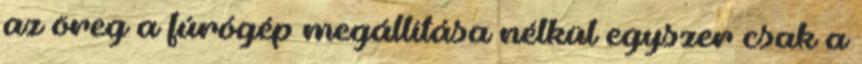
az öreg a fúrógép megállítása nélkül egyszer csak a